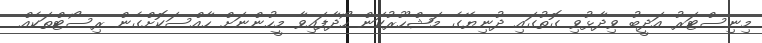
މިނިސްޓަރު އަދީބު ވިދާޅުވި ގޮތުގައި ދުނިޔޭގެ މަޝްހޫރުކަން ހޯދާފައިވާ މީހުންނަށް ހާއްސަކޮށްގެން ރިސޯޓްތަކެއް